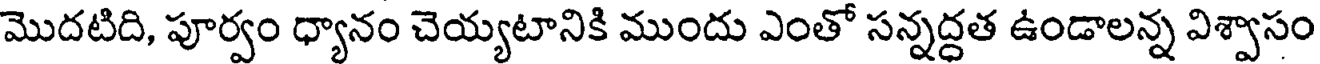
మొదటిది, పూర్వం ధ్యానం చెయ్యటానికి ముందు ఎంతో సన్నద్దత ఉండాలన్న విశ్వాసం